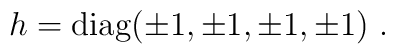
h  =  {\rm diag} ( \pm 1, \pm 1, \pm 1, \pm 1 )\ .